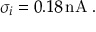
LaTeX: \sigma _ { i } = 0 . 1 8 \, \mathrm { n A } \; .